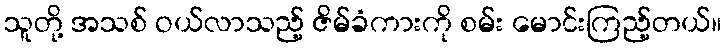
သူတို့ အသစ် ဝယ်လာသည့် ဇိမ်ခံကားကို စမ်း မောင်းကြည့်တယ်။